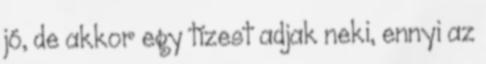
jó, de akkor egy tízest adjak neki, ennyi az